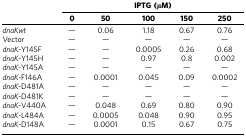
<table><thead><tr><td><b> </b></td><td colspan="5"><b>IPTG (μM)</b></td></tr><tr><td><b> </b></td><td><b>0</b></td><td><b>50</b></td><td><b>100</b></td><td><b>150</b></td><td><b>250</b></td></tr></thead><tbody><tr><td><i>dnaKwt</i></td><td>—</td><td>0.06</td><td>1.18</td><td>0.67</td><td>0.76</td></tr><tr><td>Vector</td><td>—</td><td>—</td><td>—</td><td>—</td><td>—</td></tr><tr><td><i>dnaK-</i>Y145F</td><td>—</td><td>—</td><td>0.0005</td><td>0.26</td><td>0.68</td></tr><tr><td><i>dnaK-</i>Y145H</td><td>—</td><td>—</td><td>0.97</td><td>0.8</td><td>0.002</td></tr><tr><td><i>dnaK-</i>Y145A</td><td>—</td><td>—</td><td>—</td><td>—</td><td>—</td></tr><tr><td><i>dnaK-</i>F146A</td><td>—</td><td>0.0001</td><td>0.045</td><td>0.09</td><td>0.0002</td></tr><tr><td><i>dnaK</i>-D481A</td><td>—</td><td>—</td><td>—</td><td>—</td><td>—</td></tr><tr><td><i>dnaK</i>-D481K</td><td>—</td><td>—</td><td>—</td><td>—</td><td>—</td></tr><tr><td><i>dnaK</i>-V440A</td><td>—</td><td>0.048</td><td>0.69</td><td>0.80</td><td>0.90</td></tr><tr><td><i>dnaK</i>-L484A</td><td>—</td><td>0.0005</td><td>0.048</td><td>0.90</td><td>0.95</td></tr><tr><td><i>dnaK</i>-D148A</td><td>—</td><td>0.0001</td><td>0.15</td><td>0.67</td><td>0.75</td></tr></tbody></table>